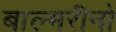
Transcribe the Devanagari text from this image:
बाल्मरीनो